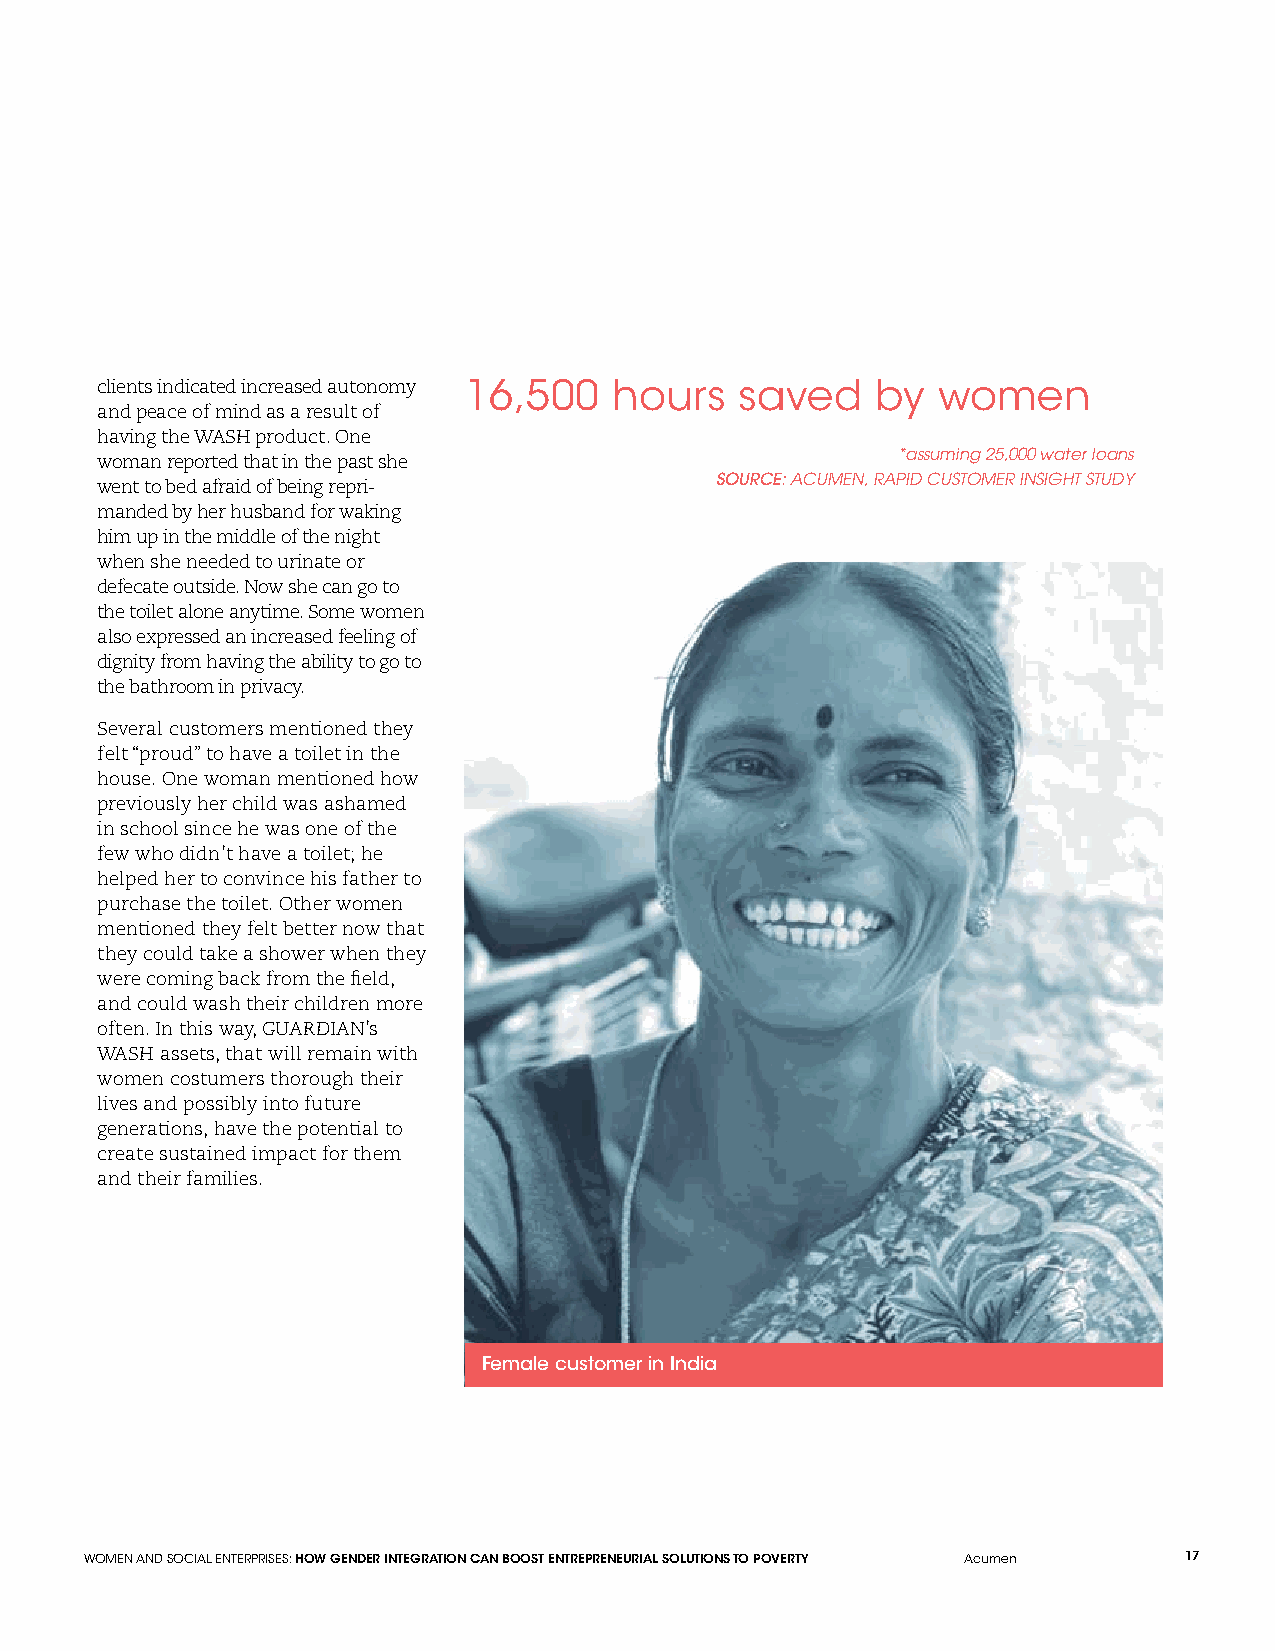
clients indicated increased autonomy 16,500 hours saved by women
 and peace of mind as a result of
 having the WASH product. One
 *assuming 25,000 water loans
 woman reported that in the past she
 SOURCE: ACUMEN, RAPID CUSTOMER INSIGHT STUDY
 went to bed afraid of being repri-
 manded by her husband for waking
 him up in the middle of the night
 when she needed to urinate or
 defecate outside. Now she can go to
 the toilet alone anytime. Some women
 also expressed an increased feeling of
 dignity from having the ability to go to
 the bathroom in privacy.
 Several customers mentioned they
 felt “proud” to have a toilet in the
 house. One woman mentioned how
 previously her child was ashamed
 in school since he was one of the
 few who didn’t have a toilet; he
 helped her to convince his father to
 purchase the toilet. Other women
 mentioned they felt better now that
 they could take a shower when they
 were coming back from the field,
 and could wash their children more
 often. In this way, GUARDIAN’s
 WASH assets, that will remain with
 women costumers thorough their
 lives and possibly into future
 generations, have the potential to
 create sustained impact for them
 and their families.
 Female customer in India
 WOMEN AND SOCIAL ENTERPRISES: HOW GENDER INTEGRATION CAN BOOST ENTREPRENEURIAL SOLUTIONS TO POVERTY Acumen 17